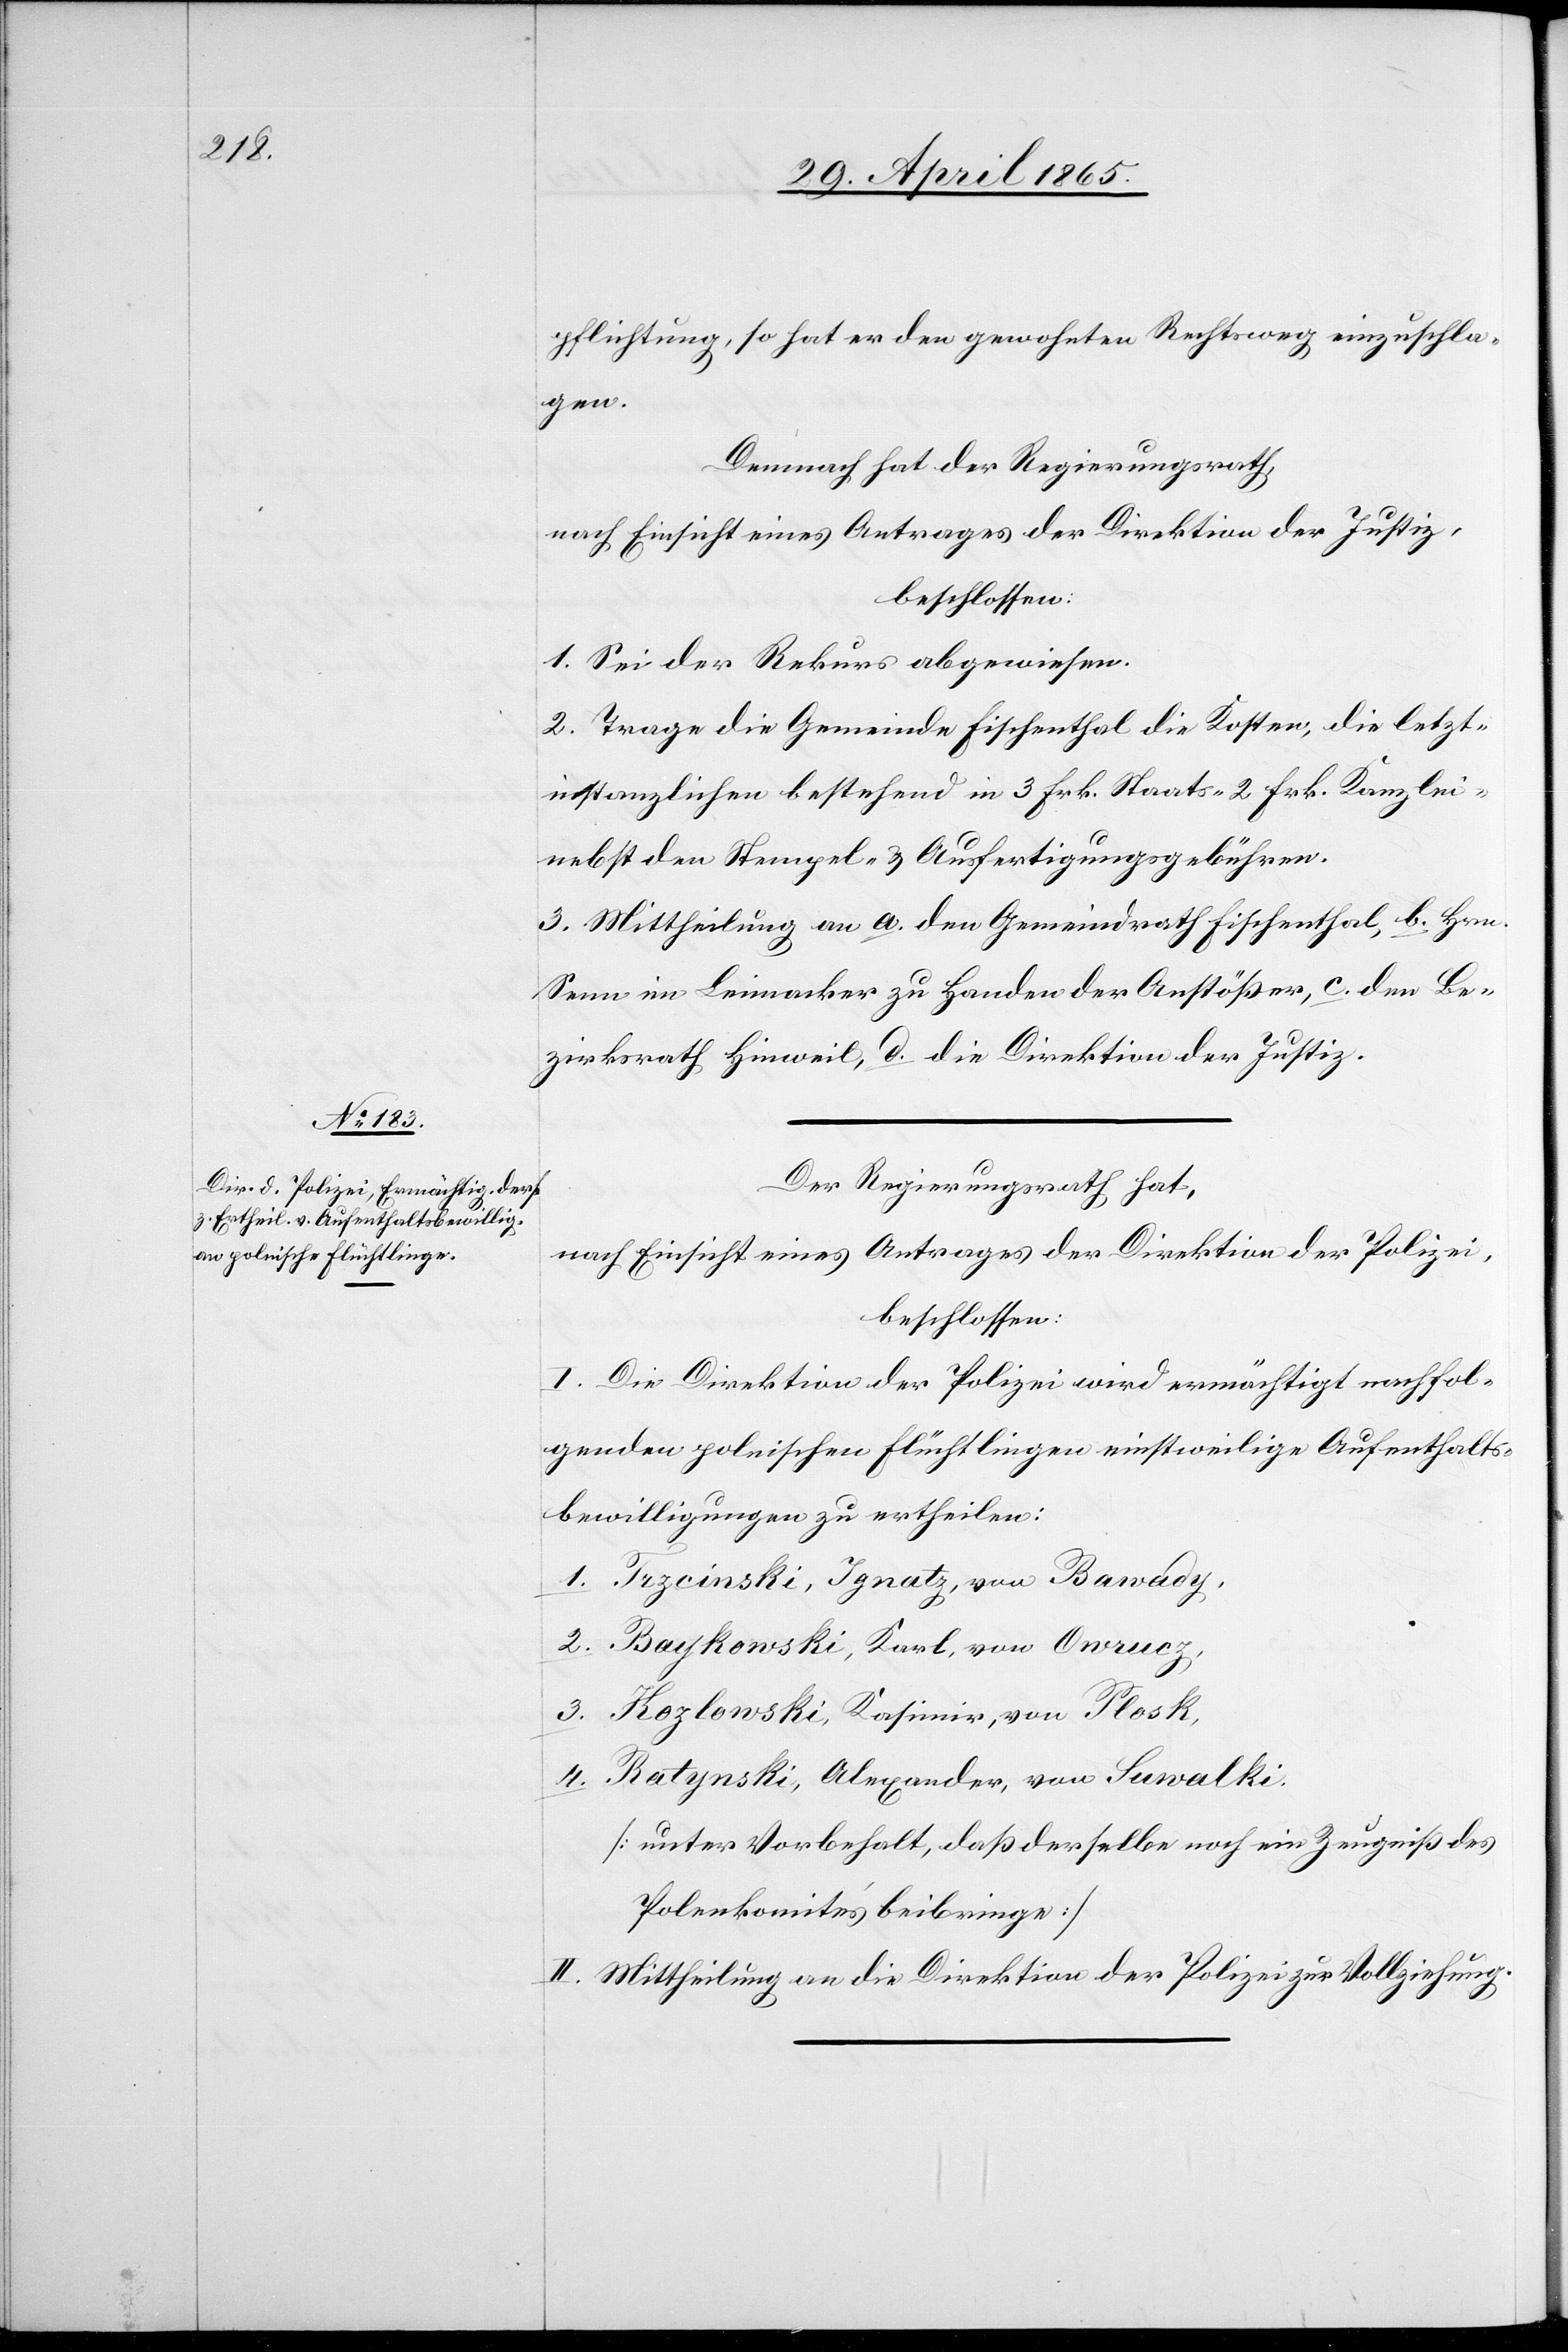
pflichtung, so hat er den gewohnten Rechtsweg einzuschla¬
gen.
Demnach hat der Regierungsrath,
nach Einsicht eines Antrages der Direktion der Justiz,
beschlossen:
1. Sei der Rekurs abgewiesen.
2. Trage die Gemeinde Fischenthal die Kosten, die letzt¬
instanzlichen bestehend in 3 Frk. Staats-[,] 2 Frk. Kanzlei-
nebst den Stempel- & Ausfertigungsgebühren.
3. Mittheilung an a. den Gemeindrath Fischenthal, b. Hrn.
Senn im Leimacker zu Handen der Anstößer, c. den Be¬
zirksrath Hinweil, d. die Direktion der Justiz.
Der Regierungsrath hat,
nach Einsicht eines Antrages der Direktion der Polizei,
beschlossen:
I. Die Direktion der Polizei wird ermächtigt nachfol¬
genden polnischen Flüchtlingen einstweilige Aufenthalts¬
bewilligungen zu ertheilen:
1. Trzcinski, Ignatz, von Bawady,
2. Baykowski, Karl, von Owrucz,
3. Kozlowki, Kasimir, von Plosk,
4. Ratynski, Alexander, von Suwalki.
[unter Vorbehalt, daß derselbe noch ein Zeugniß des
Polenkomités beibringe]
II. Mittheilung an die Direktion der Polizei zur Vollziehung.